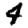
Digit: 4